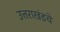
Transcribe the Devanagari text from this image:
उत्तराखंडचे